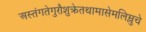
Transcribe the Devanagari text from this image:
अस्तंगतेगुरौशुक्रेतथामासेमलिम्लुचे